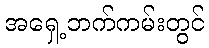
အရှေ့ဘက်ကမ်းတွင်